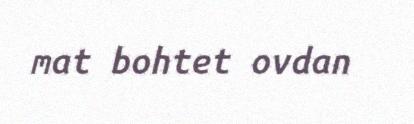
mat bohtet ovdan